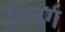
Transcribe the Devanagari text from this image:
एन्बर्ग